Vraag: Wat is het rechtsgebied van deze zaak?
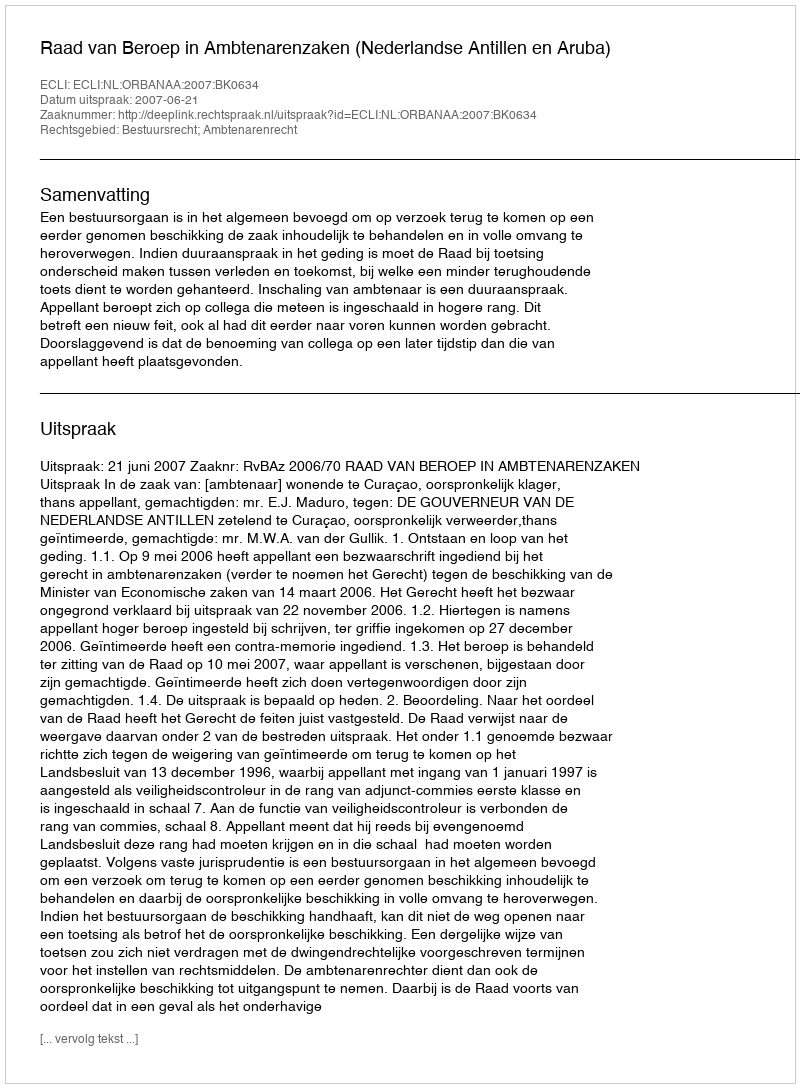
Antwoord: Bestuursrecht; Ambtenarenrecht